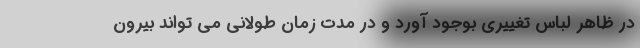
در ظاهر لباس تغییری بوجود آورد و در مدت زمان طولانی می تواند بیرون